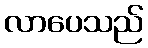
လာပေသည်